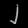
Digit: ၂